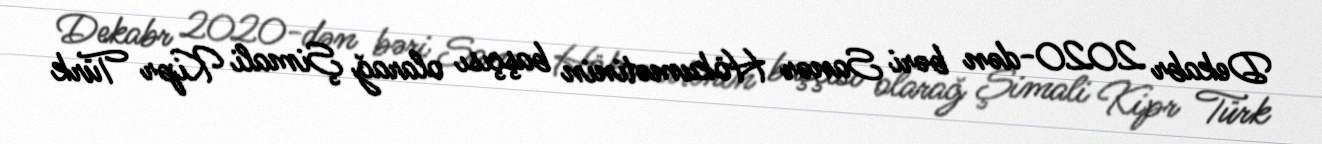
Dekabr 2020-dən bəri Sanər Hökumətinin başçısı olarağ Şimali Kipr Türk